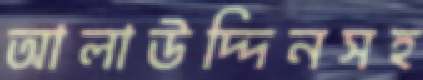
আলাউদ্দিনসহ